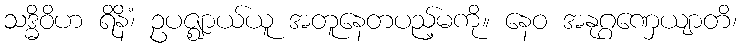
သဒ္ဓိဝိဟ ရိနိံ၊ ဥပဇ္ဈာယ်ယူ အတူနေတပည့်မကို။ နေဝ အနုဂ္ဂဏှေယျာတိ၊